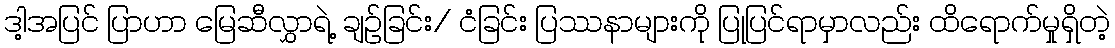
ဒါ့အပြင် ပြာဟာ မြေဆီလွှာရဲ့ ချဥ်ခြင်း/ ငံခြင်း ပြဿနာများကို ပြုပြင်ရာမှာလည်း ထိရောက်မှုရှိတဲ့